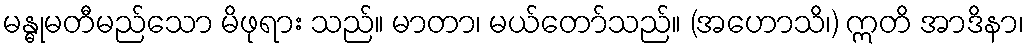
မန္ဓုမတီမည်သော မိဖုရား သည်။ မာတာ၊ မယ်တော်သည်။ (အဟောသိ၊) ဣတိ အာဒိနာ၊